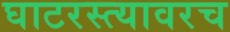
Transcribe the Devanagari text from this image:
घाटरस्त्यावरच